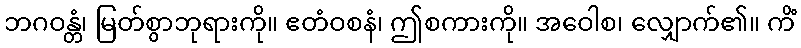
ဘဂဝန္တံ၊ မြတ်စွာဘုရားကို။ ဧတံဝစနံ၊ ဤစကားကို။ အဝေါစ၊ လျှောက်၏။ ကိံ